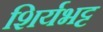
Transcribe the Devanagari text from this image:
शिर्यभट्ट